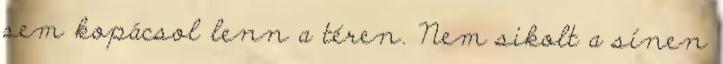
sem kopácsol lenn a téren. Nem sikolt a sínen